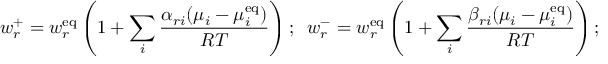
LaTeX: w _ { r } ^ { + } = w _ { r } ^ { \mathrm { { e q } } } \left( 1 + \sum _ { i } { \frac { \alpha _ { r i } ( \mu _ { i } - \mu _ { i } ^ { \mathrm { { e q } } } ) } { R T } } \right) ; \; \; w _ { r } ^ { - } = w _ { r } ^ { \mathrm { { e q } } } \left( 1 + \sum _ { i } { \frac { \beta _ { r i } ( \mu _ { i } - \mu _ { i } ^ { \mathrm { { e q } } } ) } { R T } } \right) ;